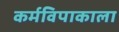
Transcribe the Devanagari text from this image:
कर्मविपाकाला